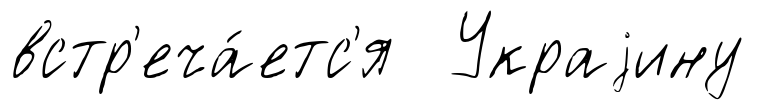
встр'еча́етс'я Украjину